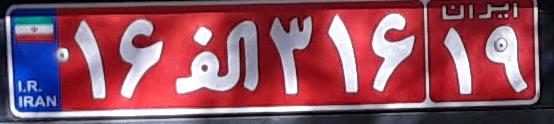
۱۶ا۳۱۶۱۹